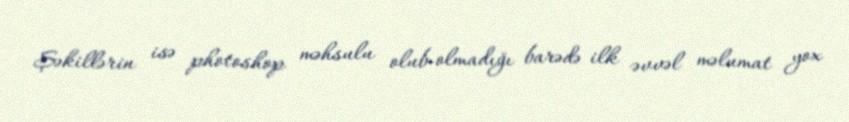
Şəkillərin isə photoshop məhsulu olub-olmadığı barədə ilk əvvəl məlumat yox